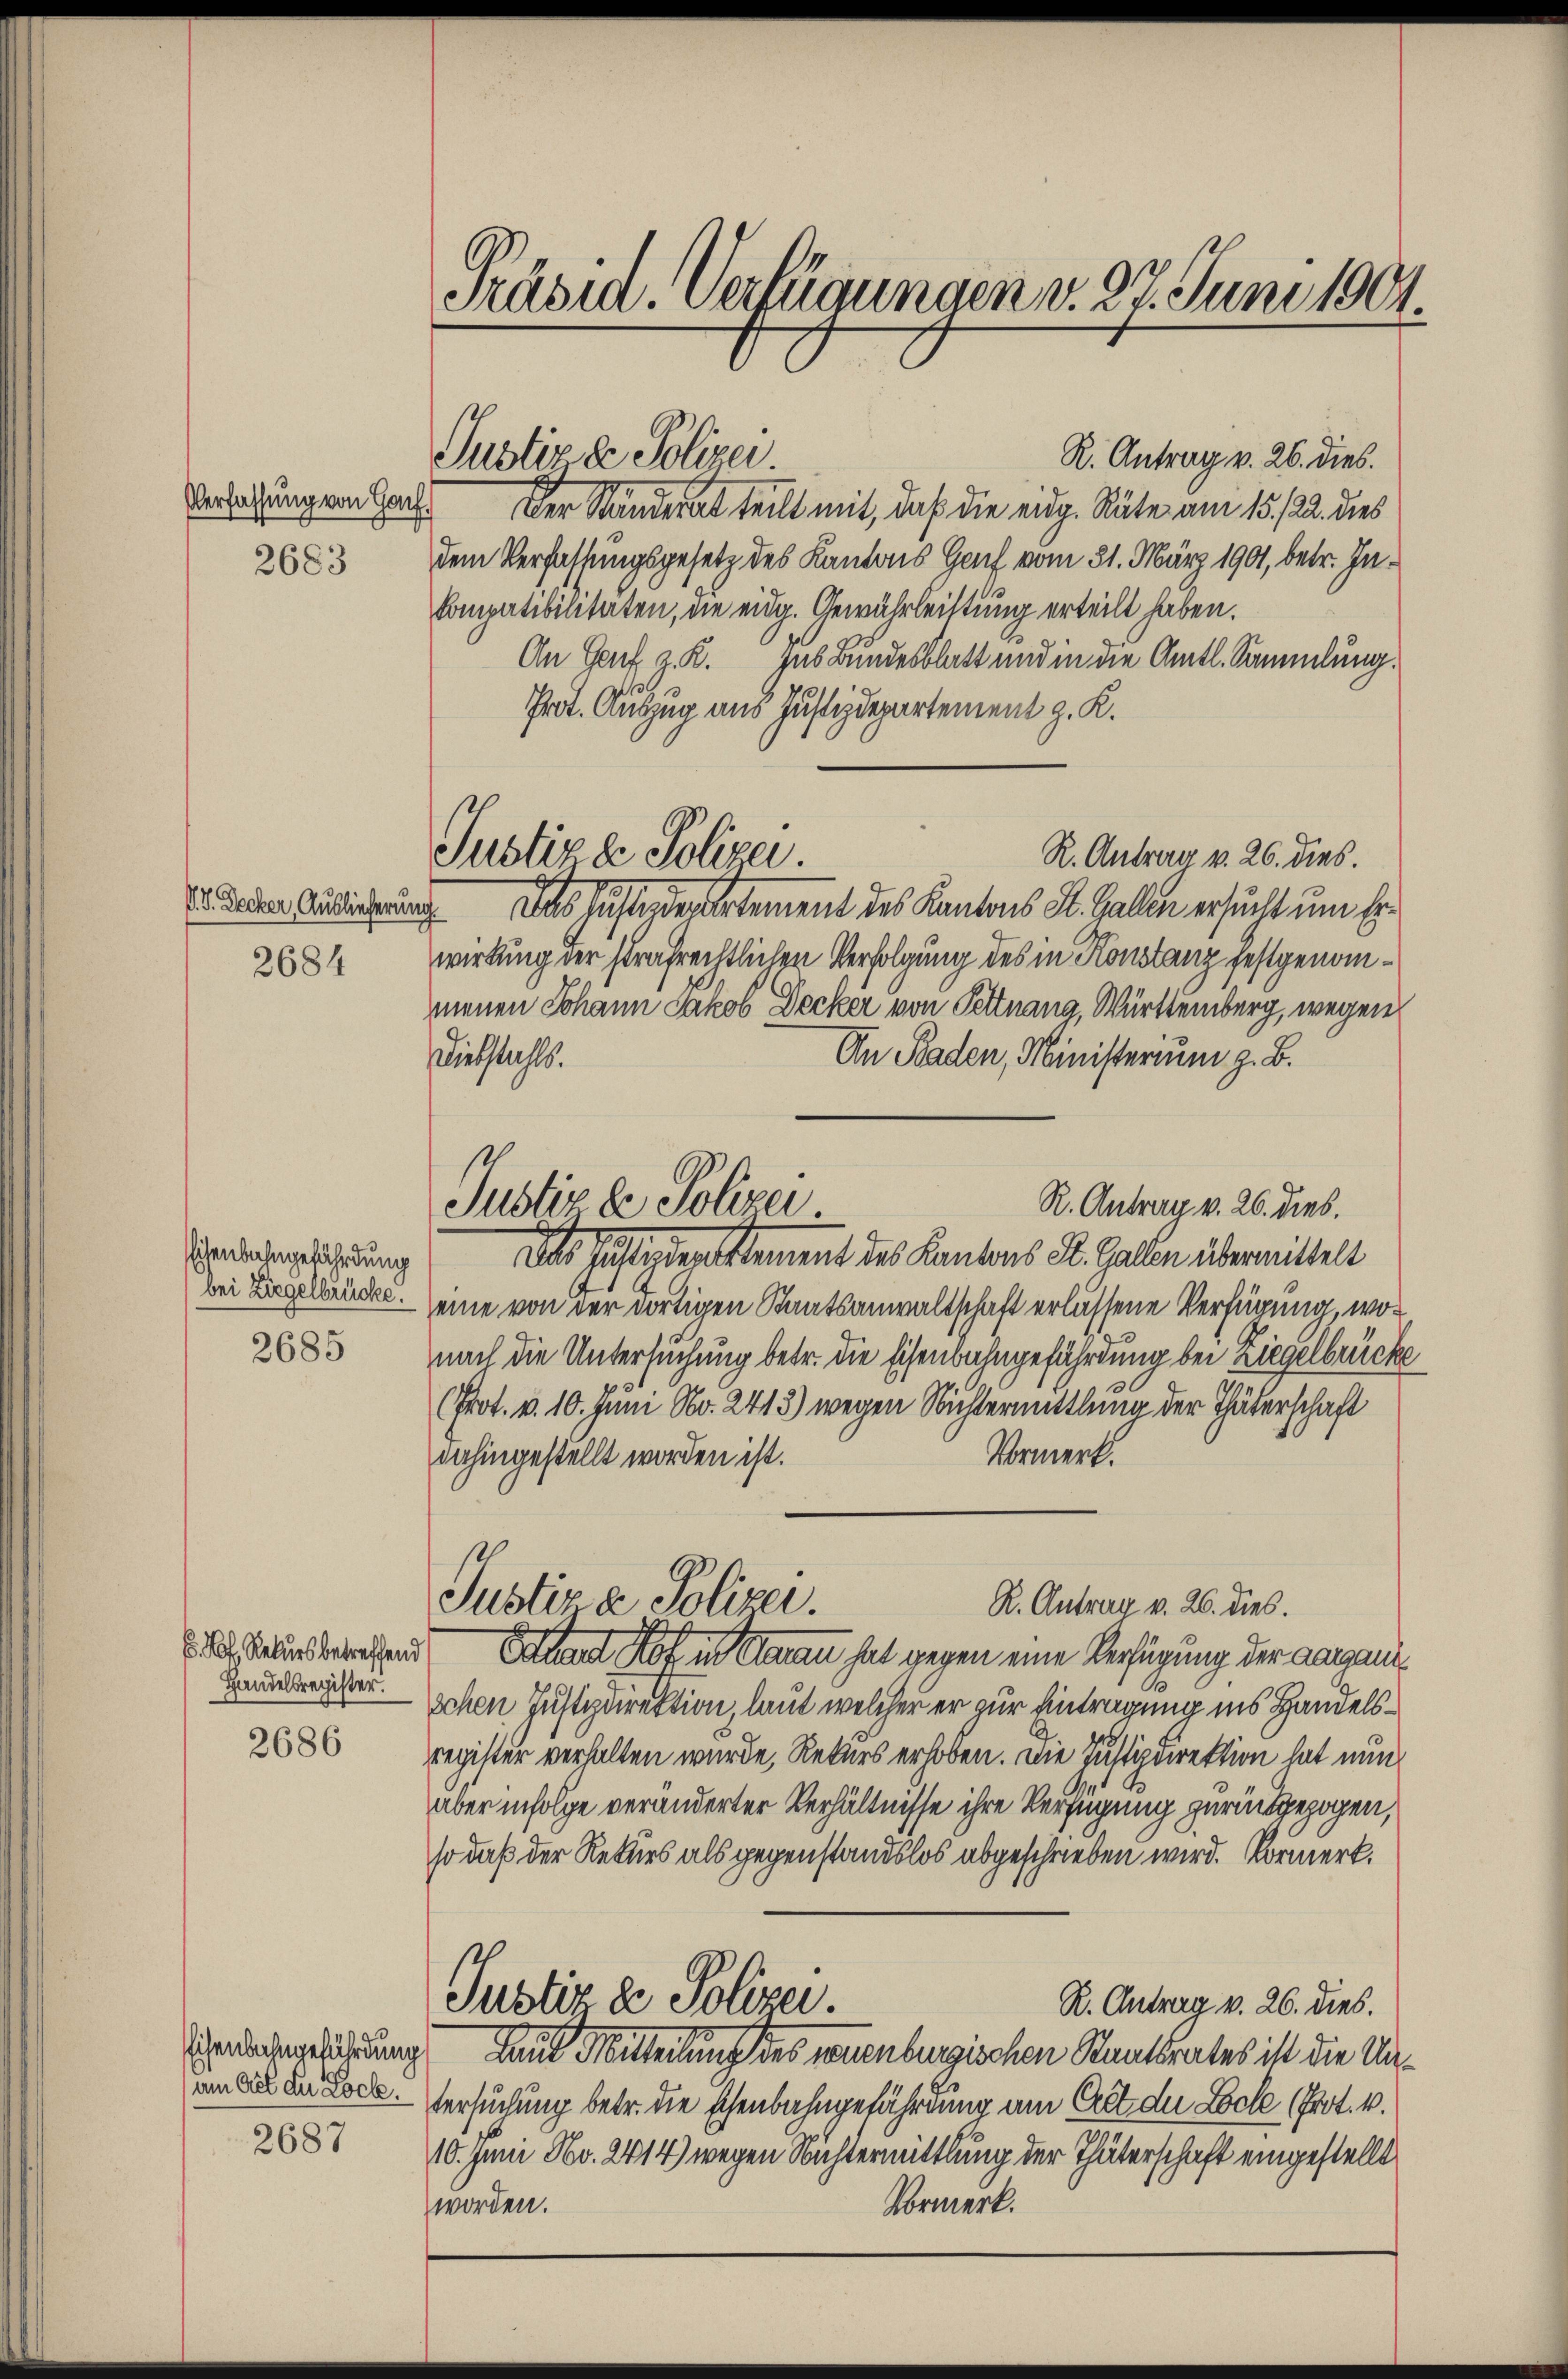
Verfassung von Gach

2683

V. P. Decker, Auslieferung

2684

Eisenbahngefährdung
bei Ziegelbrücke.

2685

Pof. Rekurs betreffend
Handelsregister.

2686

Eisenbahngefährdung
am All du Lock.
2687

Präsid. Verfügungen v. 27. Juni 1901

Justiz & Polizei

Justiz & Polizei.

Justiz de Polizei

R. Antrag v. 26. dies.
Der Standerat teilt mit, daß die eidg. Räte am 15. 122. dies
dem Verfassungsgesetz des Kantons Genf vom 31. März 1901, betr. In¬
Compatibilitäten, die eidg. Gewährleistung erteilt haben.
An Genf z. R. aus Bundesblatt und in die Amtl. Sammlung.
l
Prot. Auszug aus Justizdepartement z. K.
R. Antrag v. 26. dies.
 Das Zustandes Gartement des Kantons St. Galle ersucht um Er
wirkung der strafrechtlichen Verfolgung des in Konstanz festgenommenen Johann Jakob Decker von Pettnang, Württemberg, wegen
An Baden, Ministerium z. B.
Diebstahls.
R. Antrag v. 26. dies.
Des Justizdepartement des Kantons St. Gallen übermittelt
eine von der dortigen Staatsanwaltschaft erlassene Verfügung, wonach die Untersuchung betr. die Eisenbahngefährdung bei Liegelbrück
(Prot. v. 10. Juni No. 2413) wegen Nichtermittlung der Thäterschaft
Vormerk.
dahingestellt worden ist.
Justiz & Polizei
R. Antrag v. 26. dies.
Etant Not in Sanen hat gegen eine Verfügung der aargau
schon Justizdirektion, laut welcher er zur Eintragung ins Handelsregister verhalten wurde, Rekurs erhoben. Die Justizdirektion hat nunaber infolge veränderter Verhältnisse ihre Verfügung zurückgezogen,
so daß der Rekurs als gegenstandslos abgeschrieben wird. Vormerk.
Justiz & Polizei
R. Antrag v. 26. dies.
Lain Mitteilung des warenbergischen Staatsrates ist die Untersuchung betr. die schenbahngefährdung am Ort der Locke (Prot. 4.
10. Juni No. 2414) wegen Nichtermittlung der Thäterschaft eingestellt.
Vormerk.
worden.